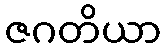
ဇဂတိယာ